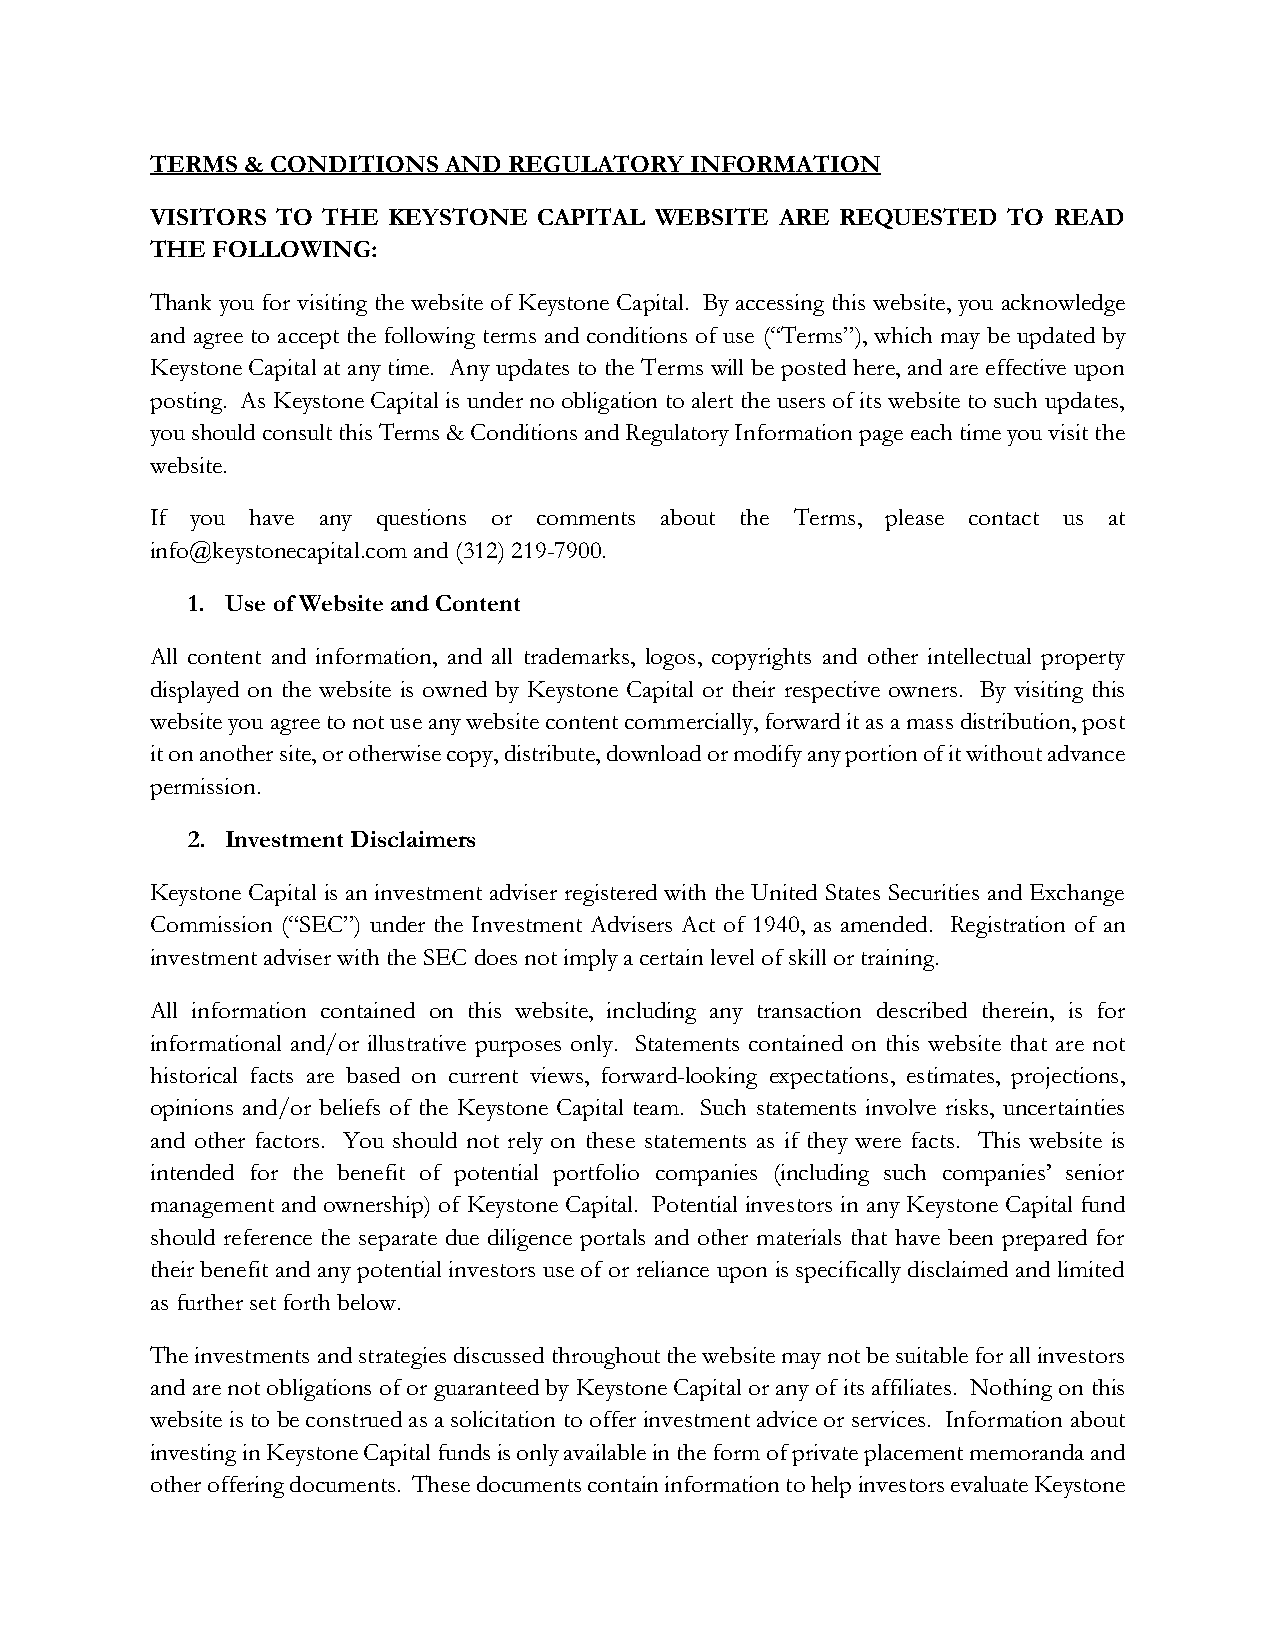
TERMS & CONDITIONS AND  REGULATORY  INFORMATION
 VISITORS TO THE KEYSTONE  CAPITAL WEBSITE ARE REQUESTED  TO READ
 THE FOLLOWING:
 Thank you for visiting the website of Keystone Capital. By accessing this website, you acknowledge
 and agree to accept the following terms and conditions of use (“Terms”), which may be updated by
 Keystone Capital at any time. Any updates to the Terms will be posted here, and are effective upon
 posting. As Keystone Capital is under no obligation to alert the users of its website to such updates,
 you should consult this Terms & Conditions and Regulatory Information page each time you visit the
 website.
 If you have any questions or comments about the Terms, please contact us at
 info@keystonecapital.com and (312) 219-7900.
 1. Use of Website and Content
 All content and information, and all trademarks, logos, copyrights and other intellectual property
 displayed on the website is owned by Keystone Capital or their respective owners. By visiting this
 website you agree to not use any website content commercially, forward it as a mass distribution, post
 it on another site, or otherwise copy, distribute, download or modify any portion of it without advance
 permission.
 2. Investment Disclaimers
 Keystone Capital is an investment adviser registered with the United States Securities and Exchange
 Commission (“SEC”) under the Investment Advisers Act of 1940, as amended. Registration of an
 investment adviser with the SEC does not imply a certain level of skill or training.
 All information contained on this website, including any transaction described therein, is for
 informational and/or illustrative purposes only. Statements contained on this website that are not
 historical facts are based on current views, forward-looking expectations, estimates, projections,
 opinions and/or beliefs of the Keystone Capital team. Such statements involve risks, uncertainties
 and other factors. You should not rely on these statements as if they were facts. This website is
 intended for the benefit of potential portfolio companies (including such companies’ senior
 management and ownership) of Keystone Capital. Potential investors in any Keystone Capital fund
 should reference the separate due diligence portals and other materials that have been prepared for
 their benefit and any potential investors use of or reliance upon is specifically disclaimed and limited
 as further set forth below.
 The investments and strategies discussed throughout the website may not be suitable for all investors
 and are not obligations of or guaranteed by Keystone Capital or any of its affiliates. Nothing on this
 website is to be construed as a solicitation to offer investment advice or services. Information about
 investing in Keystone Capital funds is only available in the form of private placement memoranda and
 other offering documents. These documents contain information to help investors evaluate Keystone